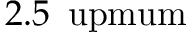
2 . 5 \, \mathrm { \ u p m u m }